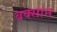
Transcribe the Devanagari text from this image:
बक्सान